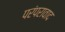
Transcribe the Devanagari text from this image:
परंपरावाद